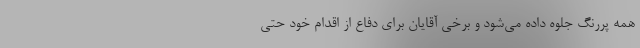
همه پررنگ جلوه داده می‌شود و برخی آقایان برای دفاع از اقدام خود حتی